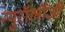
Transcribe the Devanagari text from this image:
न्युरॉलॉजी